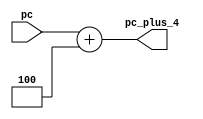
module plus_4_pc (pc, pc_plus_4);
input [31:0] pc;
output [31:0] pc_plus_4;

wire [31:0] pc_plus_4;

assign pc_plus_4 = pc + 4;

endmodule